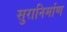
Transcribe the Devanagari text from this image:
सुरानिर्माण